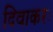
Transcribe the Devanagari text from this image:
दिवाकरः